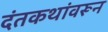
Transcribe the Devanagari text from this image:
दंतकथांवरून